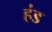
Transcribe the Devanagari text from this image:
हंड